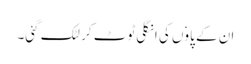
ان کے پاوٗں کی انگلی ٹوٹ کر لٹک گئی۔